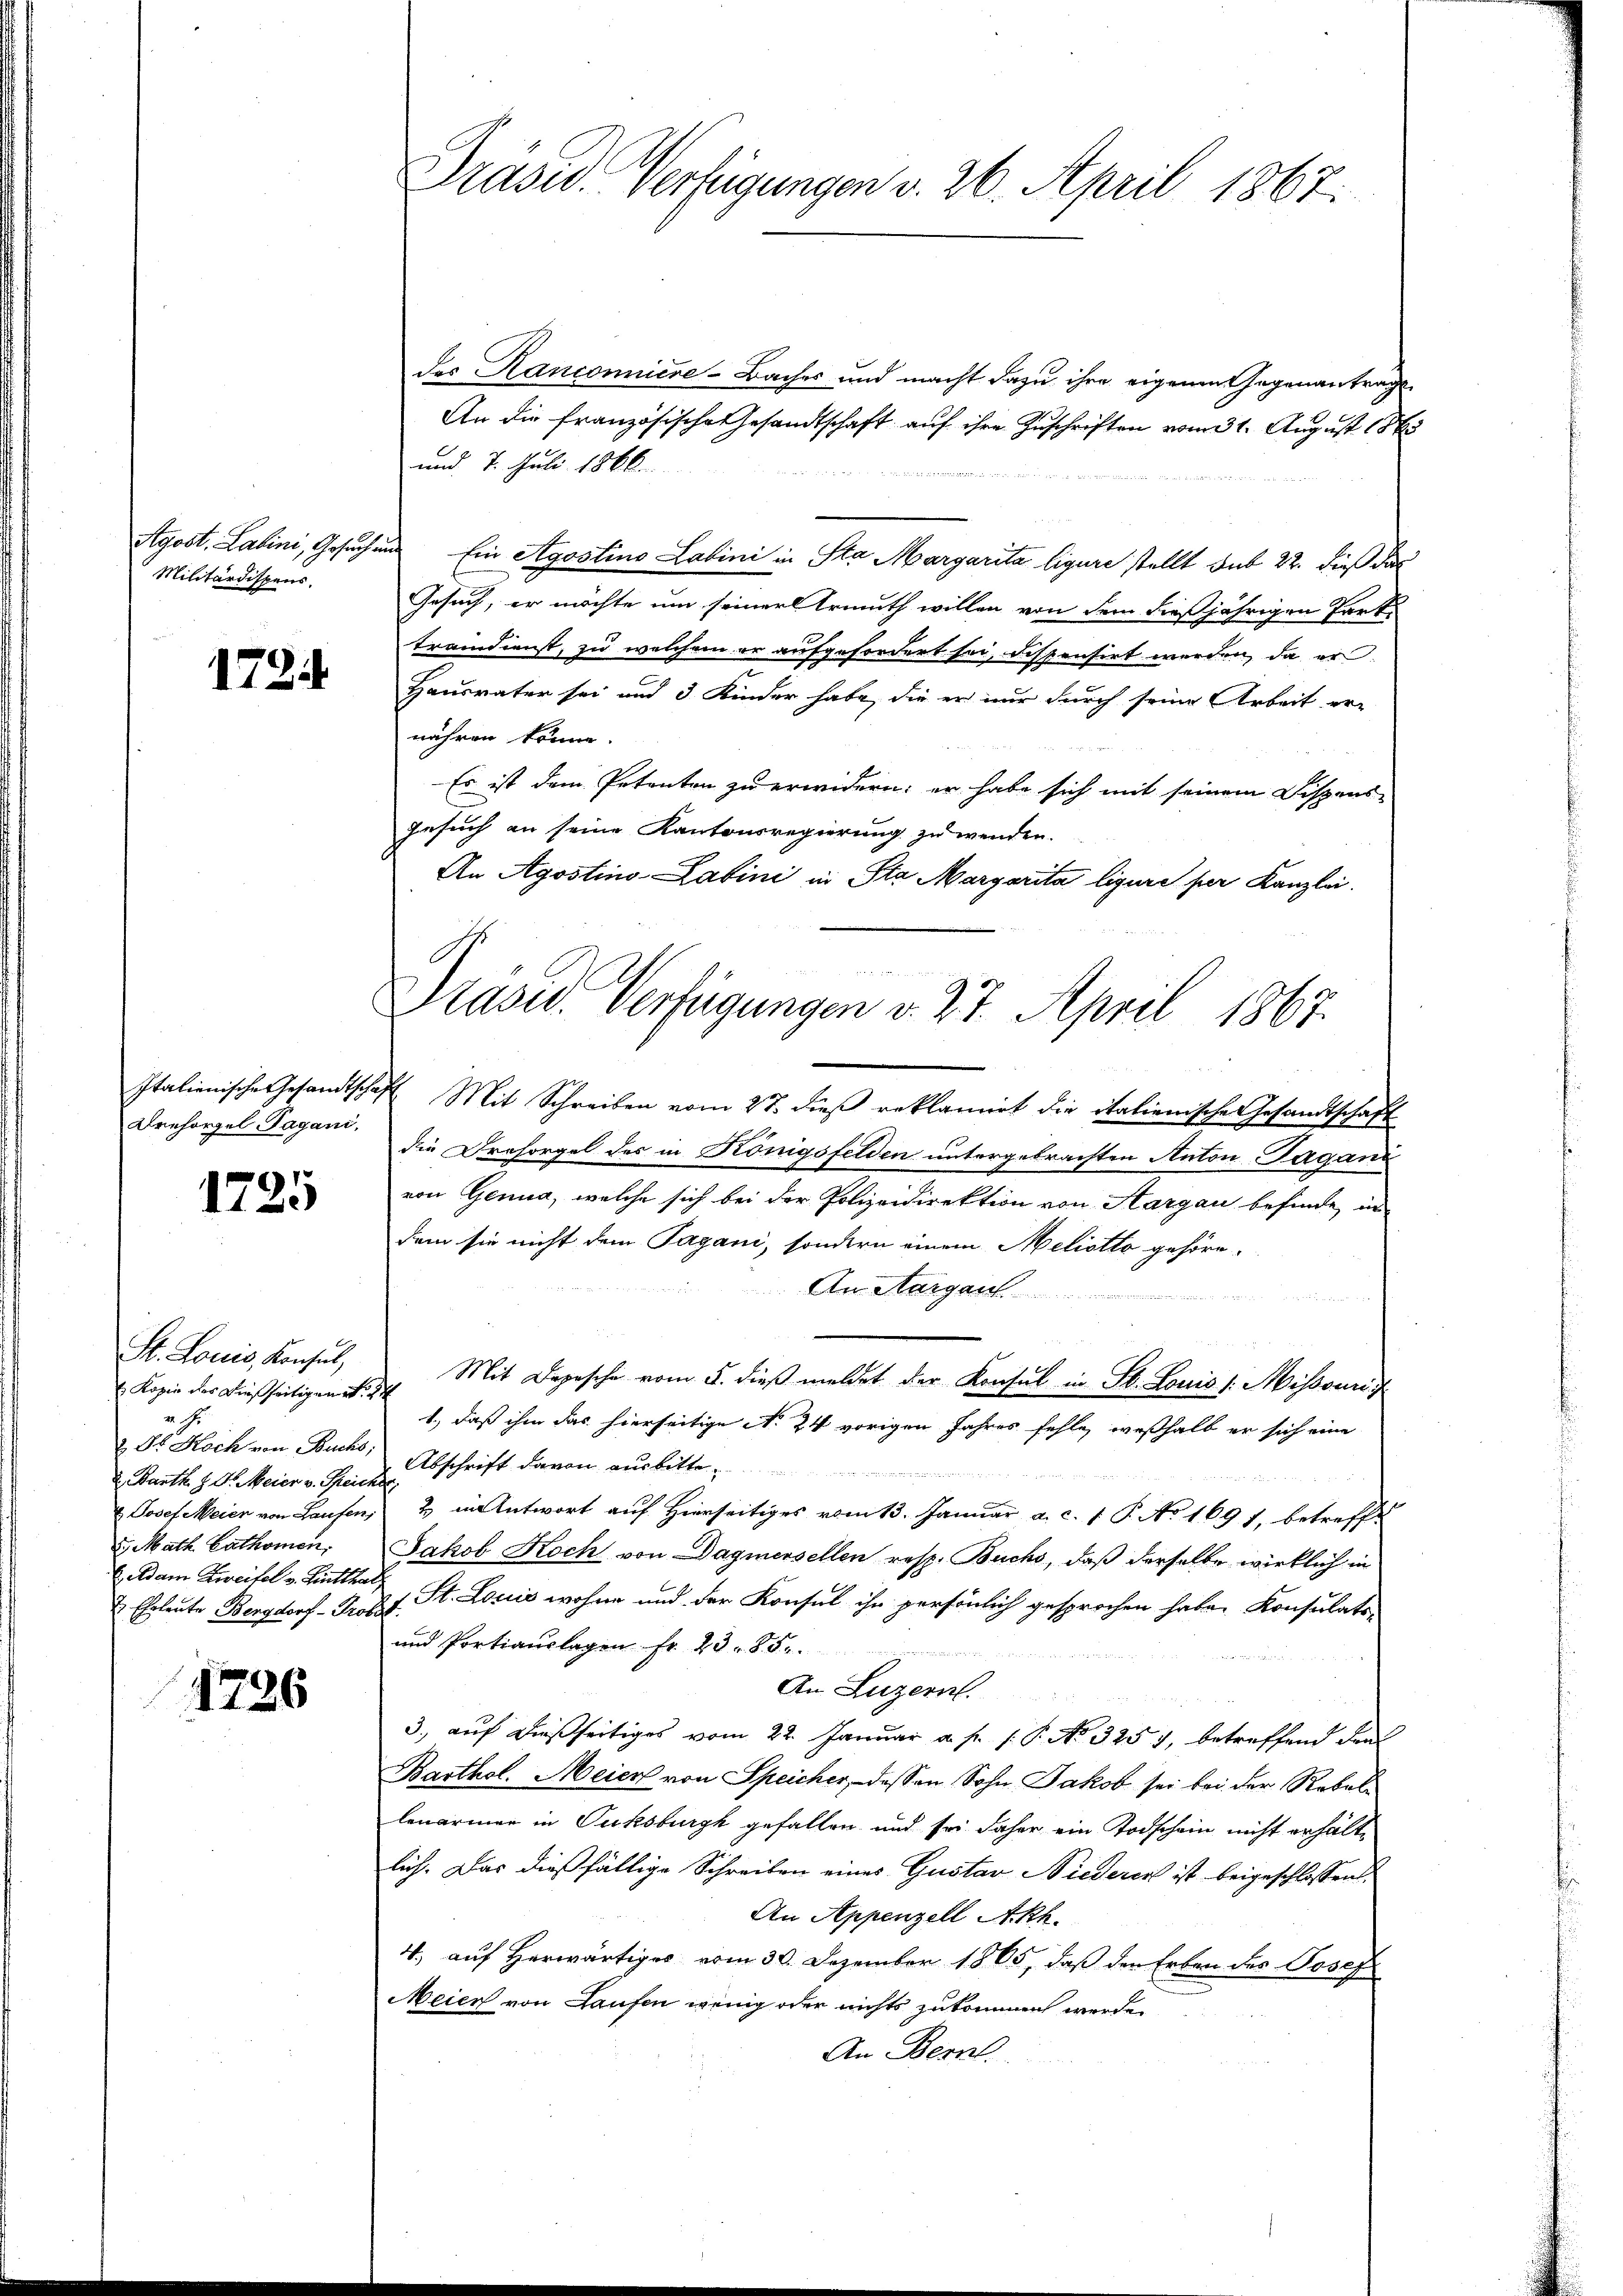
Militärdispens.

1734

Italienische Gesandtscha
Dreforgel Pagani,

1725

H. Louis, Konsul,
 Kopie der dießseitigen No. 24
29
&. Dr. Hoch von Buchs,
2 Barth J. J. Meier v. Speicher
2. Math. Cathomen.
Geldam Zweifel v. Linthal,
 Eheleute Bengdorf - Probes.

1726

Präsid. Verfügungen v. 26. April 1867.

des Hanconniere-Baches und macht dazu ihre eigenen Gegenantrags-
An die französische Gesandtschaft auf ihre Zuschriften vom 31. August 1865
und 7. Juli 1866.
een eine einen eine weiten weiter
Agost. Labini, Gesuch und Ein Agostino Labini in Sta Margarita ligure stellt sub 22. dieß das
Gesuch, er möchte um seiner Armuth willen von dem dießjährigen Part
trandienst, zu welchem er aufgefordert sei, dispensirt werden, da er
Hausvater sei und 3 Kinder habe, die er nur durch seine Arbeit er-
nähren könne.
Es ist dem Petenten zu erwidern: er habe sich mit seinem Dispens-
Gesuch an seine Kantonsregierung zu wenden.
An Agostino-Latini in Sta Margarita ligure per Kanzlei.
Tas Mit Schreiben vom 27. dieß reklamirt die italienische Gesandtschaft
die Dresorgel des in Königsfelden untergebrachten Anton Taganz
von Genua, welche sich bei der Polizeidirektion von Aargau befinde, in
dem sie nicht dem Pagani, sondern einem Meliotto gehöre
An Aargau
 xxx
Mit Depesche vom 5. dieß meldet der Konsul in St. Louis /: Missouri
1., daß ihm das hierseitige No. 24 vorigen Jahres fehle, weßhalb er sich eine
Abschrift davon ausbitte
 Josef Meier von Laufen, 2 in Antwort auf Hierseitiges vom 13. Januar a. c. 1 P. No 169 f. betreffe
Jakob Koch von Dagmersellen resp. Buchs, daß derselbe wirklich in
St. Louis wohne und der Konsul ihn persönlich gesprochen habe. Konsulats-
und Portiauslagen fr. 23. 85.
An Luzern.
3., auf dießseitiges vom 22. Januar a. f. P. No 325), betreffend den
Basthol. Meier von Speicher, dessen Sohn Jakob sei bei der Reballenärmer in Tuksburgk gefallen und sei daher ein Todschein nicht erhältlich. Das dießfällige Schreiben eines Gustav Niederen ist beigeschlossen:
An Appenzell Akh.
4. auf Herwärtiges vom 30. Dezember 1865, daß der Erben des Josef
Meien von Laufen wenig oder nichts zukommen werden
An Bern.

Präsid. Verfügungen v. 27. April 1867.